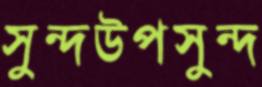
সুন্দউপসুন্দ